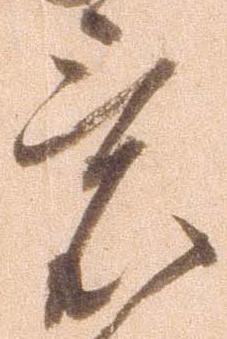
意